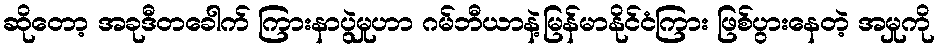
ဆိုတော့ အခုဒီတခေါက် ကြားနာပွဲမှုဟာ ဂမ်ဘီယာနဲ့မြန်မာနိုင်ငံကြား ဖြစ်ပွားနေတဲ့ အမှုကို